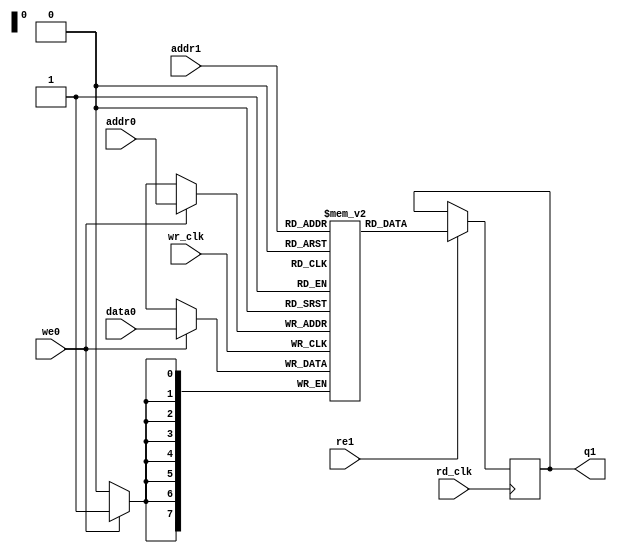
`timescale 1ns/1ps

module dp_dcram(
	wr_clk,
	addr0 ,
	data0,
	we0,

	rd_clk,
	addr1,
	q1,
	re1
);
parameter DWIDTH = 8;
parameter AWIDTH = 8;


input wr_clk;
input rd_clk;
input [DWIDTH-1:0] data0; 
output [DWIDTH-1:0] q1;
input [AWIDTH-1:0] addr0;
input [AWIDTH-1:0] addr1;
input we0, re1;

reg [DWIDTH-1:0] Mem [0:(1<<AWIDTH)-1];
reg [DWIDTH-1:0] q1;

always @(posedge wr_clk)
  if (we0)
    Mem[addr0] <= data0;

always @(posedge rd_clk)
  if (re1)
    q1 <=  Mem[addr1] ;

endmodule